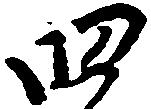
四